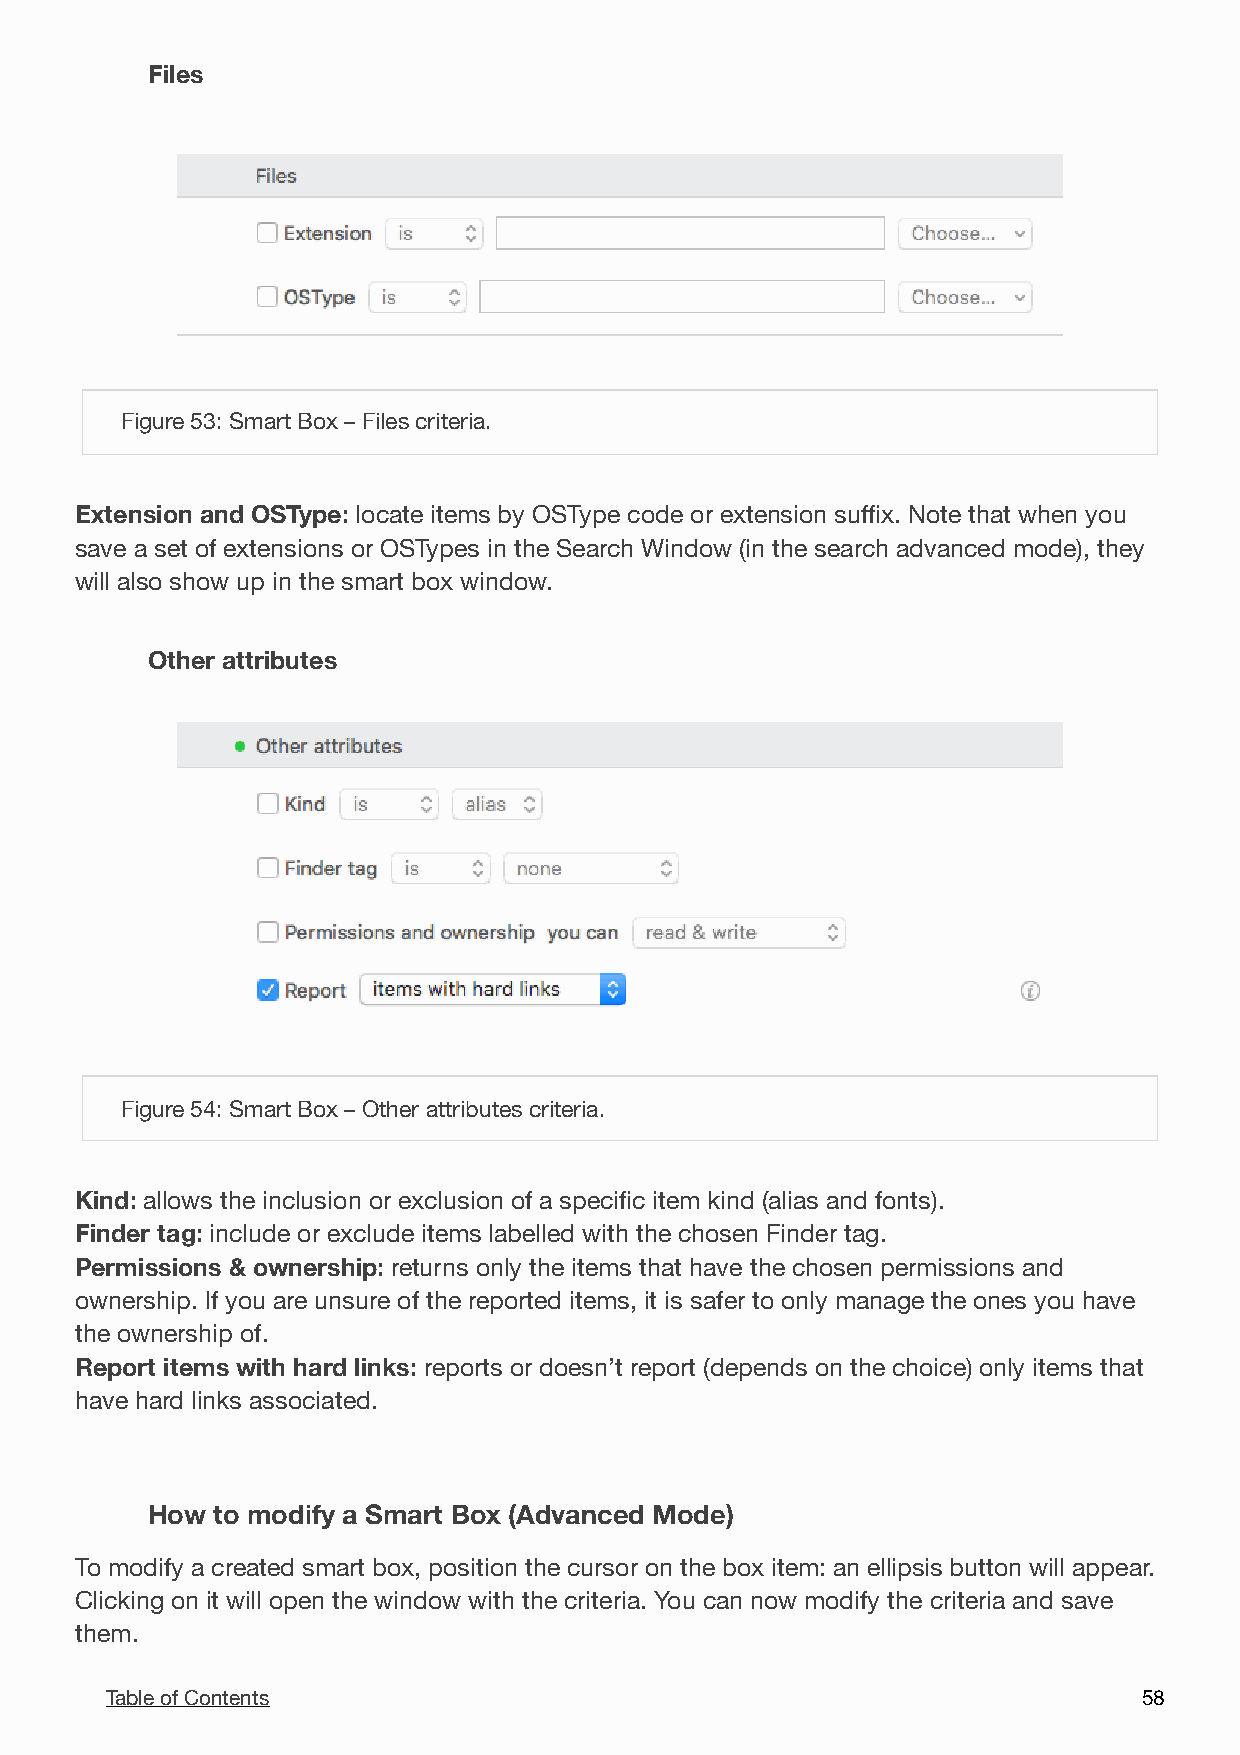
Files
 !
 Figure 53: Smart Box – Files criteria.
 Extension and OSType: locate items by OSType code or extension suffix. Note that when you
 save a set of extensions or OSTypes in the Search Window (in the search advanced mode), they
 will also show up in the smart box window.
 Other attributes
 !
 Figure 54: Smart Box – Other attributes criteria.
 Kind: allows the inclusion or exclusion of a specific item kind (alias and fonts).
 Finder tag: include or exclude items labelled with the chosen Finder tag.
 Permissions & ownership: returns only the items that have the chosen permissions and
 ownership. If you are unsure of the reported items, it is safer to only manage the ones you have
 the ownership of.
 Report items with hard links: reports or doesn’t report (depends on the choice) only items that
 have hard links associated.
 How to modify a Smart Box (Advanced Mode)
 To modify a created smart box, position the cursor on the box item: an ellipsis button will appear.
 Clicking on it will open the window with the criteria. You can now modify the criteria and save
 them.
 Table of Contents                                                    5 8